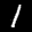
Label: 1